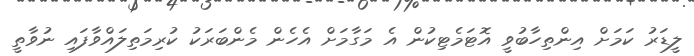
ލީޑަރު ކަމަށް އިންތިހާބުވީ އޮޓަމެޓިކުން އެ މަގާމަށް އެހެން މެންބަރަކު ކުރިމަތިލަައްވާފައި ނުވާތީ